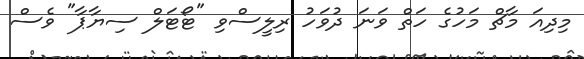
މިދިއަ މާޗް މަހުގެ ހަތް ވަނަ ދުވަހު ރިލީސްވި "ޓޯޓަލް ސިޔާޕާ" ވެސް